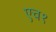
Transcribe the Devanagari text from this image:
एच१